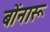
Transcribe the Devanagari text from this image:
बोंनारू